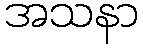
အသနာ